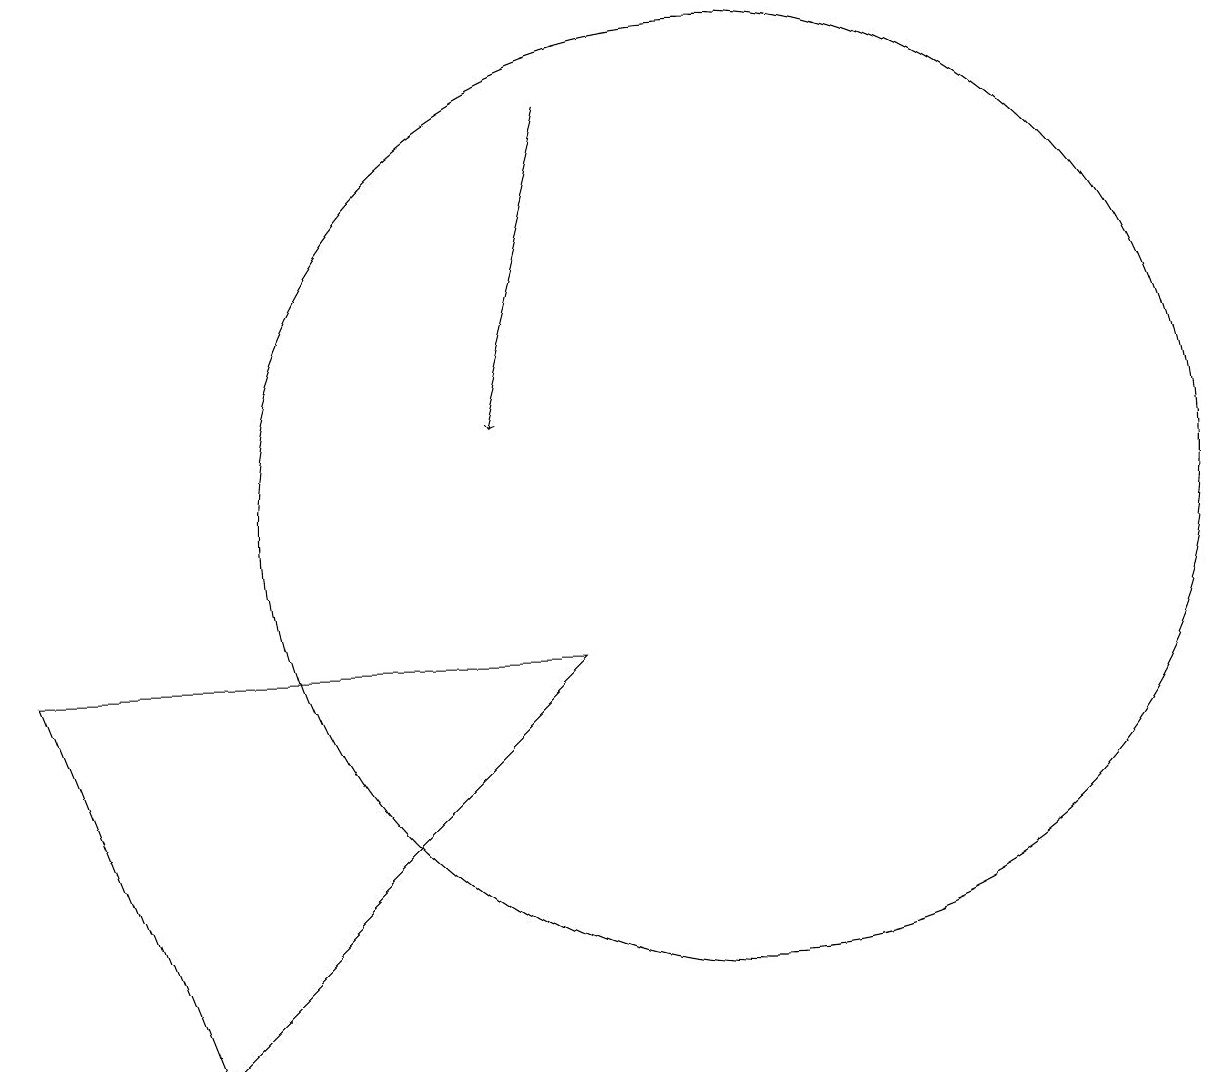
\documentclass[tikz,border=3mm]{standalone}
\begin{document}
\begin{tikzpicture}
\draw (4,3) -- (9,8) -- (2,8) -- cycle;
\draw[->] (9,15) -- (8,11);
\draw (11,10) circle (6);
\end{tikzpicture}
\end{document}